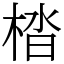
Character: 㭼